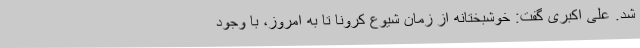
شد. علی اکبری گفت: خوشبختانه از زمان شیوع کرونا تا به امروز، با وجود